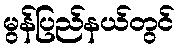
မွန်ပြည်နယ်တွင်